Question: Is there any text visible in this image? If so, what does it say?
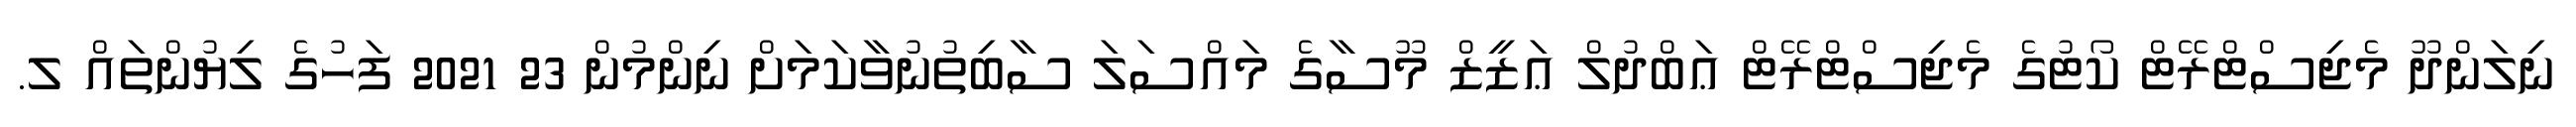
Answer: ނިލަންދޫ މެޖިސްޓްރޭޓް ކޯޓުގެ މެޖިސްޓްރޭޓް ޢަބްދުލް ޢަޒީޒް މޫސާގެ މައްސަލަ ސާބިތުނުވާކަމަށް ނިންމުން 23 2021 ފަހުގެ ލިޔުންތައް ލ.